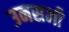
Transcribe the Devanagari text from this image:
उनसभी